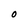
Character: O